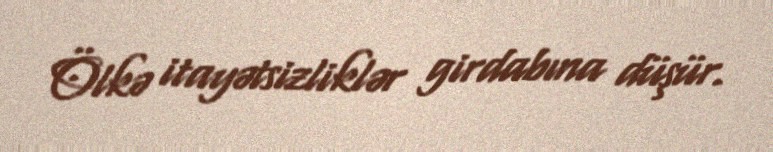
Ölkə itayətsizliklər girdabına düşür.